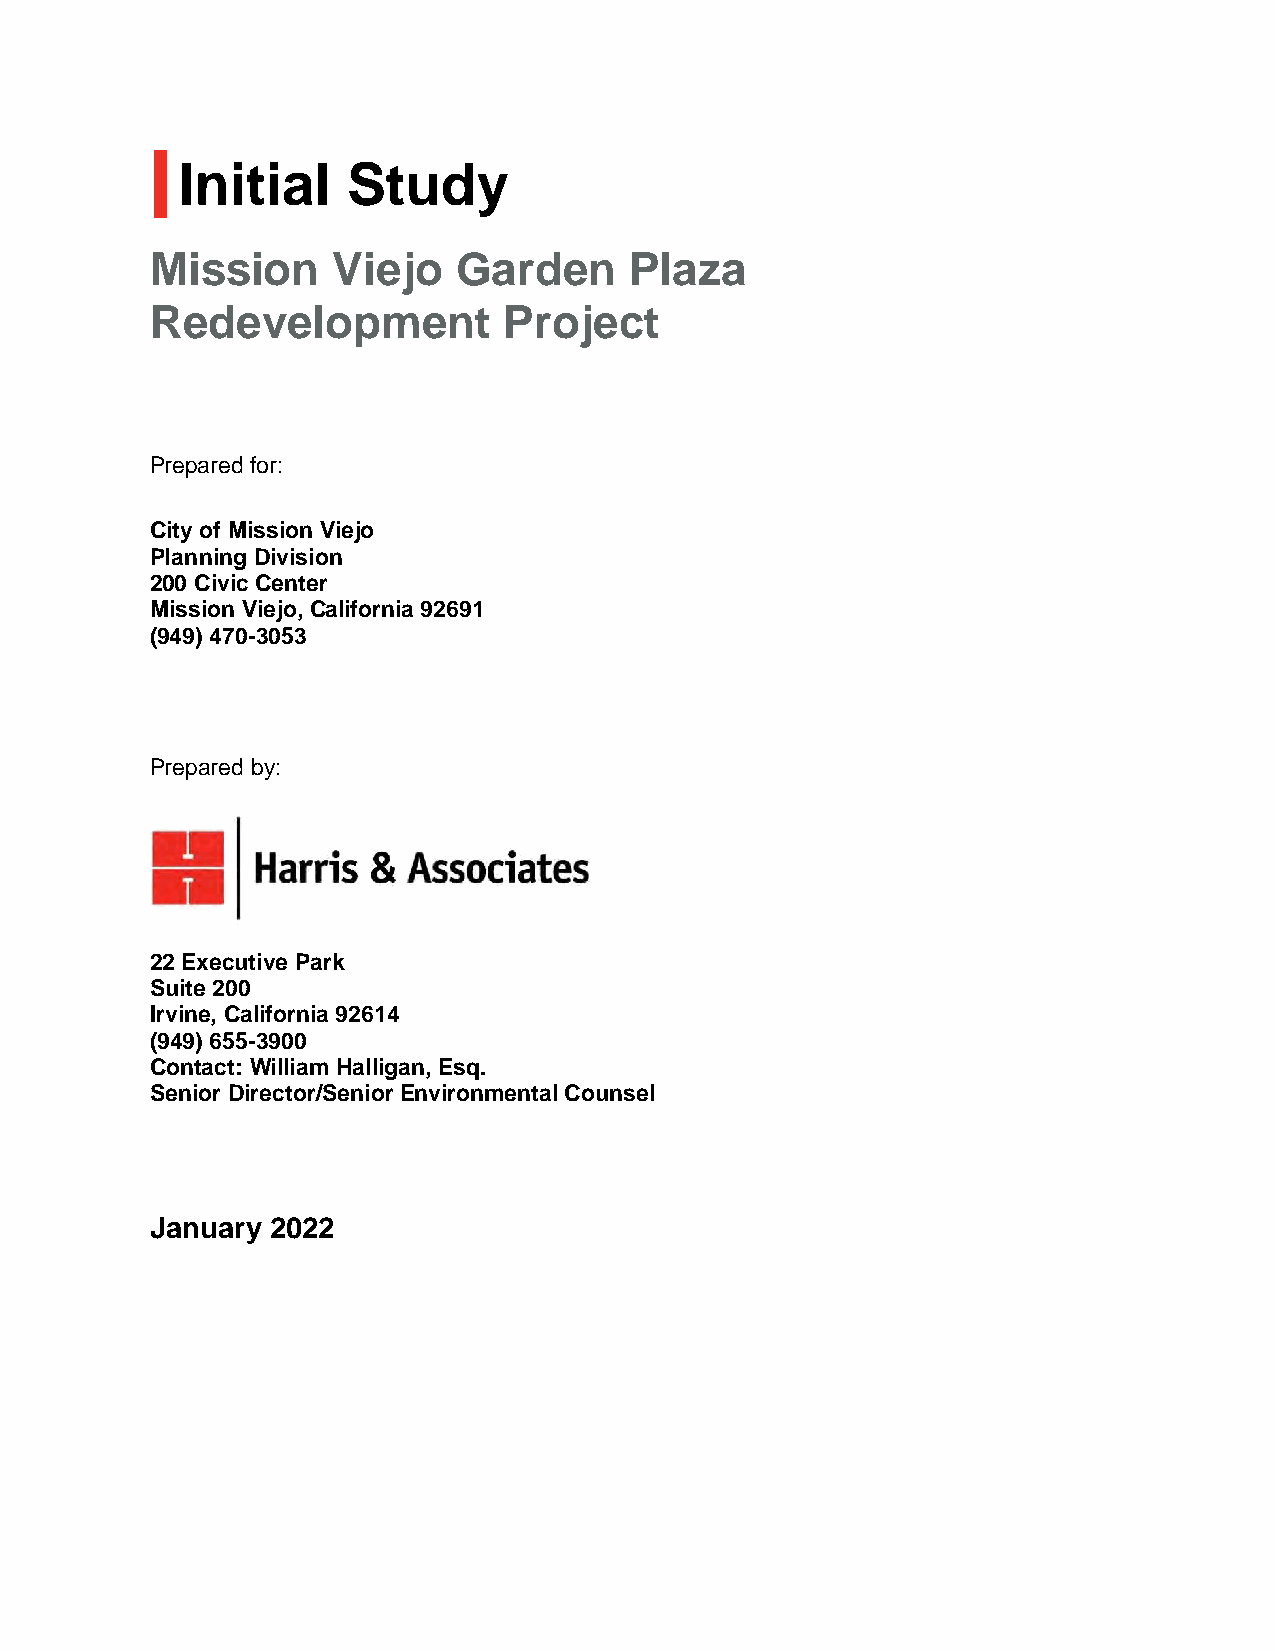
Initial    Study
 Mission     Viejo   Garden      Plaza
 Redevelopment          Project
 Prepared for:
 City of Mission Viejo
 Planning Division
 200 Civic Center
 Mission Viejo, California 92691
 (949) 470-3053
 Prepared by:
 22 Executive Park
 Suite 200
 Irvine, California 92614
 (949) 655-3900
 Contact: William Halligan, Esq.
 Senior Director/Senior Environmental Counsel
 January 2022